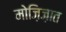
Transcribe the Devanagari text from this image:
मोज़िज़ात